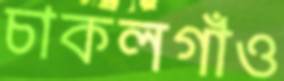
চাকলগাঁও